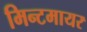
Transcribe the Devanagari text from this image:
मिन्टमायर